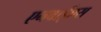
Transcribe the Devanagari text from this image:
एनवाईएस